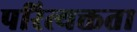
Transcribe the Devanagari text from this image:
परित्यक्तता